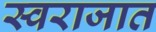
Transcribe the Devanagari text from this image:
स्वराजात